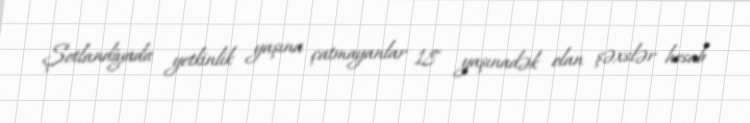
Şotlandiyada yetkinlik yaşına çatmayanlar 18 yaşınadək olan şəxslər hesab